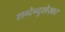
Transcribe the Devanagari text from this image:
शब्देन्दुशेखर